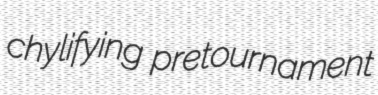
chylifying pretournament